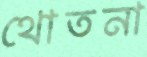
থোতনা